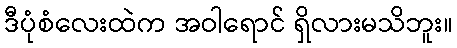
ဒီပုံစံလေးထဲက အဝါရောင် ရှိလားမသိဘူး။